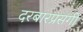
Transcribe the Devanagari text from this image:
दरबारप्रसंगी